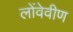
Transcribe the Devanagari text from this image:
लोंवेवीण